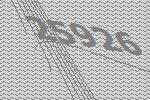
25926